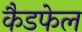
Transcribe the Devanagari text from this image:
कैडफेल